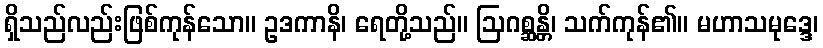
ရှိသည်လည်းဖြစ်ကုန်သော။ ဥဒကာနိ၊ ရေတို့သည်။ ဩဂစ္ဆန္တိ၊ သက်ကုန်၏။ မဟာသမုဒ္ဒေ၊